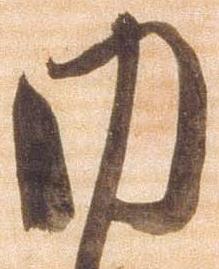
内